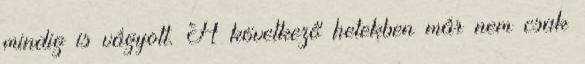
mindig is vágyott. A következő hetekben már nem csak